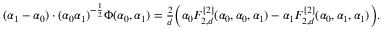
\begin{array} { r } { ( \alpha _ { 1 } - \alpha _ { 0 } ) \cdot ( \alpha _ { 0 } \alpha _ { 1 } ) ^ { - \frac 1 2 } \Phi ( \alpha _ { 0 } , \alpha _ { 1 } ) = \frac 2 d \Big ( \alpha _ { 0 } F _ { 2 , d } ^ { [ 2 ] } ( \alpha _ { 0 } , \alpha _ { 0 } , \alpha _ { 1 } ) - \alpha _ { 1 } F _ { 2 , d } ^ { [ 2 ] } ( \alpha _ { 0 } , \alpha _ { 1 } , \alpha _ { 1 } ) \Big ) . } \end{array}